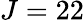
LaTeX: J=22